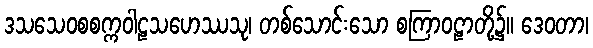
ဒသသေဝစစက္ကဝါဠသဟေဿသု၊ တစ်သောင်းသော စကြာဝဠာတို့၌။ ဒေဝတာ၊